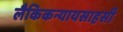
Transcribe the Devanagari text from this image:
लैकिकन्यायसाहसी